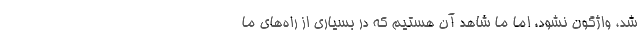
شد، واژگون نشود، اما ما شاهد آن هستیم که در بسیاری از راه‌های ما